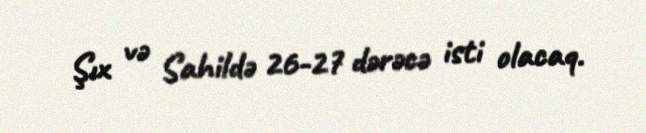
Şıx və Sahildə 26-27 dərəcə isti olacaq.